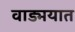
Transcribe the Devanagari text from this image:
वाड्मयात